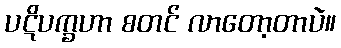
ပဋိပက္ခဟာ စတင် လာတော့တာပဲ။